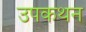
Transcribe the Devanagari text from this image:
उपकथन